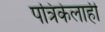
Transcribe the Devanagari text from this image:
पत्रिकेलाही